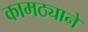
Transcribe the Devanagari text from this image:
कामठ्याने